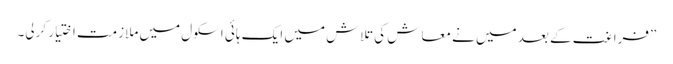
”فراغت کے بعد میں نے معاش کی تلاش میں ایک ہائی اسکول میں ملازمت اختیار کرلی۔